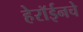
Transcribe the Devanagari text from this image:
हेरॉईनचे